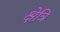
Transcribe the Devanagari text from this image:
क्षेत्रि